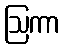
ဩကာ